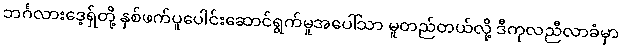
ဘင်္ဂလားဒေ့ရှ်တို့ နှစ်ဖက်ပူပေါင်းဆောင်ရွက်မူအပေါ်သာ မူတည်တယ်လို့ ဒီကုလညီလာခံမှာ